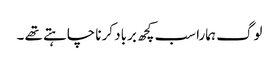
لوگ ہمارا سب کچھ برباد کرنا چاہتے تھے ۔